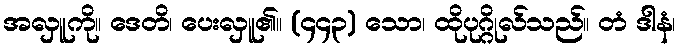
အလှူကို။ ဒေတိ၊ ပေးလှူ၏။ (၄၄၃) သော၊ ထိုပုဂ္ဂိုလ်သည်။ တံ ဒါနံ၊